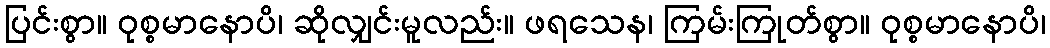
ပြင်းစွာ။ ဝုစ္စမာနောပိ၊ ဆိုလျှင်းမူလည်း။ ဖရသေန၊ ကြမ်းကြုတ်စွာ။ ဝုစ္စမာနောပိ၊